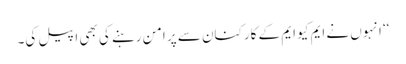
‘‘ انہوں نے ایم کیو ایم کے کارکنان سے پر امن رہنے کی بھی اپیل کی۔